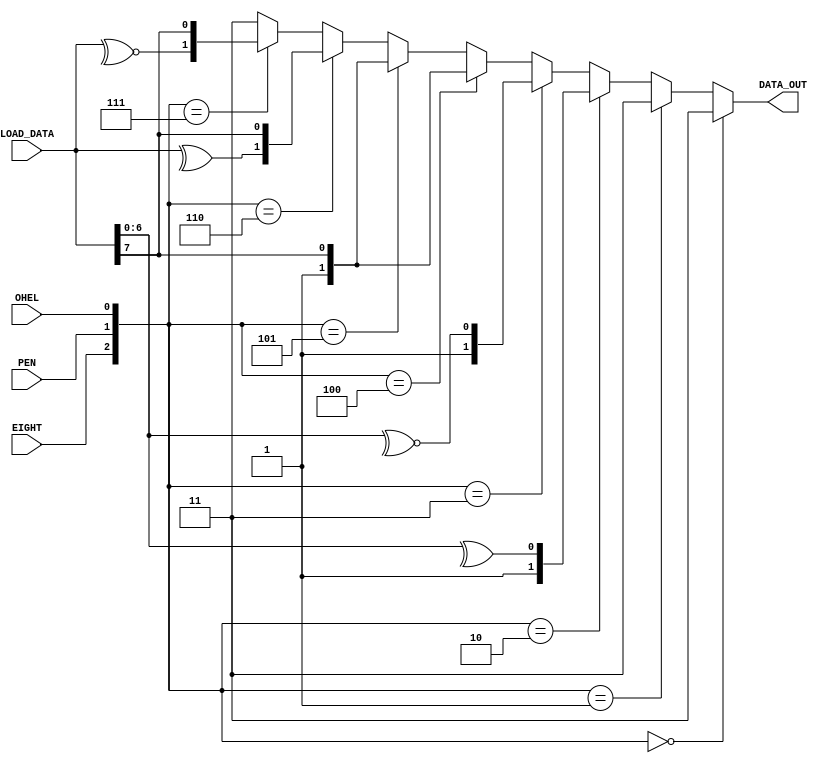
`timescale 1ns / 1ps
//****************************************************************//
//																						//
//  Created by Jacob Nguyen on 10/01/18.                          //
//  Copyright  2018 Jacob Nguyen. All rights reserved.           //
//																						//
//	 Abstract: Decoder block to decide what data is loaded in		//
//				  the two most significant bits of the shift register.//
//				  Inputs for sending the eight bit (EIGHT), Parity		//
//				  Enable (PEN), and Odd/Even Parity (OHEL) determined //
//				  by the user.	Uses bitwise operations for odd/even	//
//				  parity.															//
//																						//
//  In submitting this file for class work at CSULB               //
//  I am confirming that this is my work and the work             //
//  of no one else. In submitting this code I acknowledge that 	//
//  plagiarism in student project work is subject to dismissal 	//
//  from the class 																//
//****************************************************************//
module decode_shr(EIGHT, PEN, OHEL, LOAD_DATA, DATA_OUT);

	input EIGHT, PEN, OHEL;
	input [7:0] LOAD_DATA;
	
	output [1:0] DATA_OUT;
	
	assign DATA_OUT = ({EIGHT, PEN, OHEL} == 3'b000) ? 2'b11 : 
							({EIGHT, PEN, OHEL} == 3'b001) ? 2'b11 :
							({EIGHT, PEN, OHEL} == 3'b010) ? {1'b1, ^ LOAD_DATA[6:0]} :
							({EIGHT, PEN, OHEL} == 3'b011) ? {1'b1, ~^LOAD_DATA[6:0]} :
							({EIGHT, PEN, OHEL} == 3'b100) ? {1'b1, LOAD_DATA[7]} :
							({EIGHT, PEN, OHEL} == 3'b101) ? {1'b1, LOAD_DATA[7]} :
							({EIGHT, PEN, OHEL} == 3'b110) ? {^ LOAD_DATA, LOAD_DATA[7]} :
							({EIGHT, PEN, OHEL} == 3'b111) ? {~^LOAD_DATA, LOAD_DATA[7]} :
																		2'b11;

endmodule